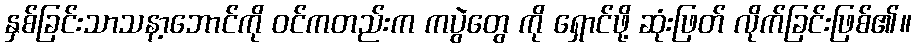
နှစ်ခြင်းသာသနာ့ဘောင်ကို ဝင်ကတည်းက ကပွဲတွေ ကို ရှောင်ဖို့ ဆုံးဖြတ် လိုက်ခြင်းဖြစ်၏။